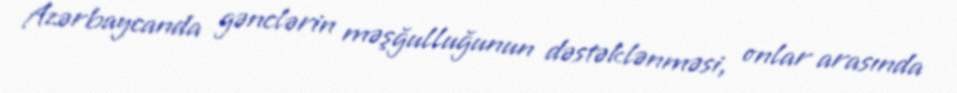
Azərbaycanda gənclərin məşğulluğunun dəstəklənməsi, onlar arasında